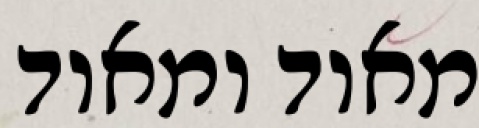
מאוד ומאוד